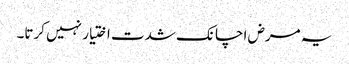
یہ مرض اچانک شدت اختیار نہیں کرتا۔